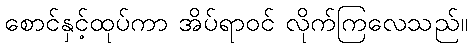
စောင်နှင့်ထုပ်ကာ အိပ်ရာဝင် လိုက်ကြလေသည်။